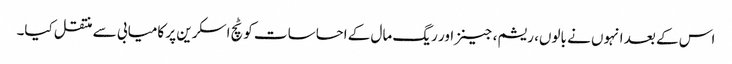
اس کے بعد انہوں نے بالوں، ریشم، جینز اور ریگ مال کے احساسات کو ٹچ اسکرین پر کامیابی سے منتقل کیا۔